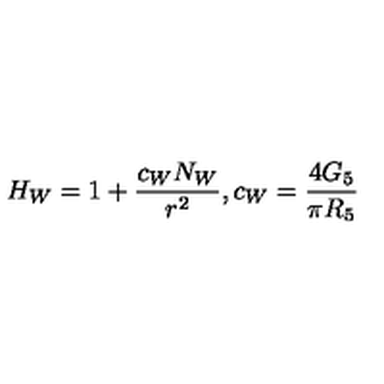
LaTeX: H _ { W } = 1 + \frac { c _ { W } N _ { W } } { r ^ { 2 } } , c _ { W } = \frac { 4 G _ { 5 } } { \pi R _ { 5 } }